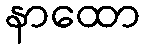
နာထော